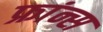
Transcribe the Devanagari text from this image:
फ्रांन्स